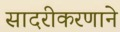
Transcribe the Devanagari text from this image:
सादरीकरणाने